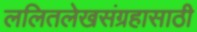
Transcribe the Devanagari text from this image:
ललितलेखसंग्रहासाठी